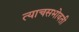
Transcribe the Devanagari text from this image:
त्याचसभोवती